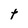
Character: t